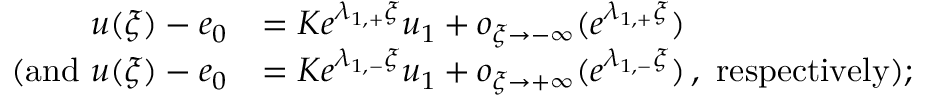
\begin{array} { r l } { u ( \xi ) - e _ { 0 } } & { = K e ^ { \lambda _ { 1 , + } \xi } u _ { 1 } + o _ { \xi \to - \infty } ( e ^ { \lambda _ { 1 , + } \xi } ) } \\ { \quad \mathrm { ( a n d ~ } u ( \xi ) - e _ { 0 } } & { = K e ^ { \lambda _ { 1 , - } \xi } u _ { 1 } + o _ { \xi \to + \infty } ( e ^ { \lambda _ { 1 , - } \xi } ) \, , \mathrm { ~ r e s p e c t i v e l y ) } ; } \end{array}